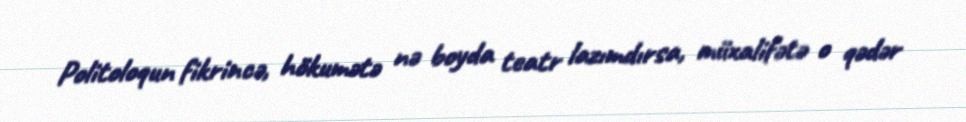
Politoloqun fikrincə, hökumətə nə boyda teatr lazımdırsa, müxalifətə o qədər